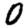
Digit: 0